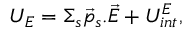
U _ { E } = \Sigma _ { s } \vec { p } _ { s } . \vec { E } + U _ { i n t } ^ { E } ,